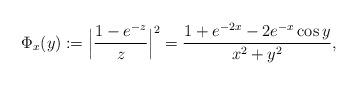
LaTeX: \begin{align*}\Phi_x(y) := \Big| \frac{1-e^{-z}}{z}\Big|^{2} = \frac{1+e^{-2x} - 2e^{-x} \cos y }{x^2+y^2} ,\end{align*}